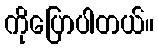
ကိုပြောပါတယ်။